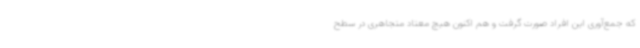
که جمع‌آوری این افراد صورت گرفت و هم اکنون هیچ معتاد متجاهری در سطح